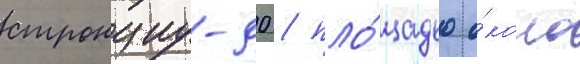
стронциу-90 / пло́щадью о́коло